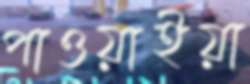
পাওয়াইয়া